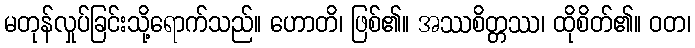
မတုန်လှုပ်ခြင်းသို့ရောက်သည်။ ဟောတိ၊ ဖြစ်၏။ အဿစိတ္တဿ၊ ထိုစိတ်၏။ ဝတ၊